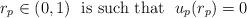
LaTeX: \begin{align*} r_p\in (0,1)\ \mbox{ is such that }\ u_p(r_p)=0\end{align*}